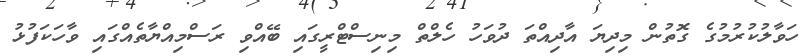
ހަވާލުކުރުމުގެ ގޮތުން މިދިޔަ އާދިއްތަ ދުވަހު ހެލްތް މިނިސްޓްރީގައި ބޭއްވި ރަސްމިއްޔާތެއްގައި ވާހަކަފުޅު